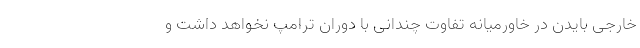
خارجی بایدن در خاورمیانه تفاوت چندانی با دوران ترامپ نخواهد داشت و